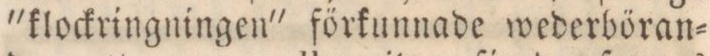
'klockringningen' förkunnade wederböran=